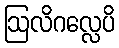
ဩလိဂလ္လေပိ